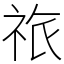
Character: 祣